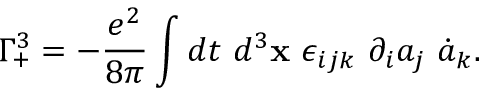
\Gamma _ { + } ^ { 3 } = - \frac { e ^ { 2 } } { 8 \pi } \int d t ~ d ^ { 3 } { \bf x } ~ \epsilon _ { i j k } ~ \partial _ { i } a _ { j } ~ \dot { a } _ { k } .